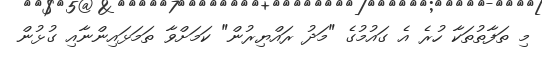
މި ތަފާތުތަކާ ހުރެ އެ ގައުމުގެ "މަދު ރައްޔިރުން" ކަމަށްވާ ތަމަޅައިންނާއި ގުޅުން